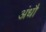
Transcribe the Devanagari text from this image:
अंधौ